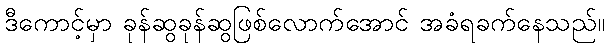
ဒီကောင့်မှာ ခုန်ဆွခုန်ဆွဖြစ်လောက်အောင် အခံရခက်နေသည်။